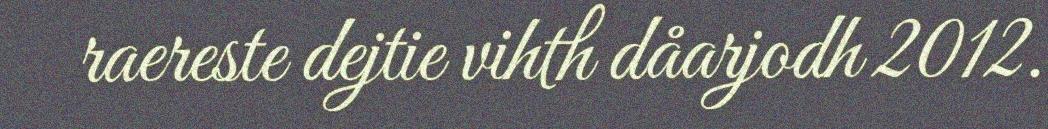
raereste dejtie vihth dåarjodh 2012.